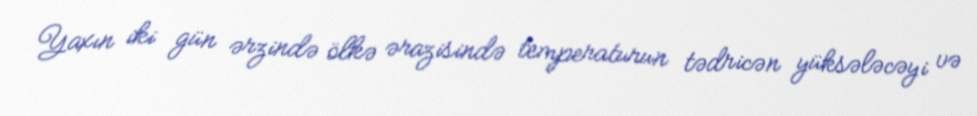
Yaxın iki gün ərzində ölkə ərazisində temperaturun tədricən yüksələcəyi və